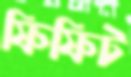
ফিফিট